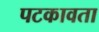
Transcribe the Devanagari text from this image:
पटकावता